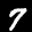
Label: 7